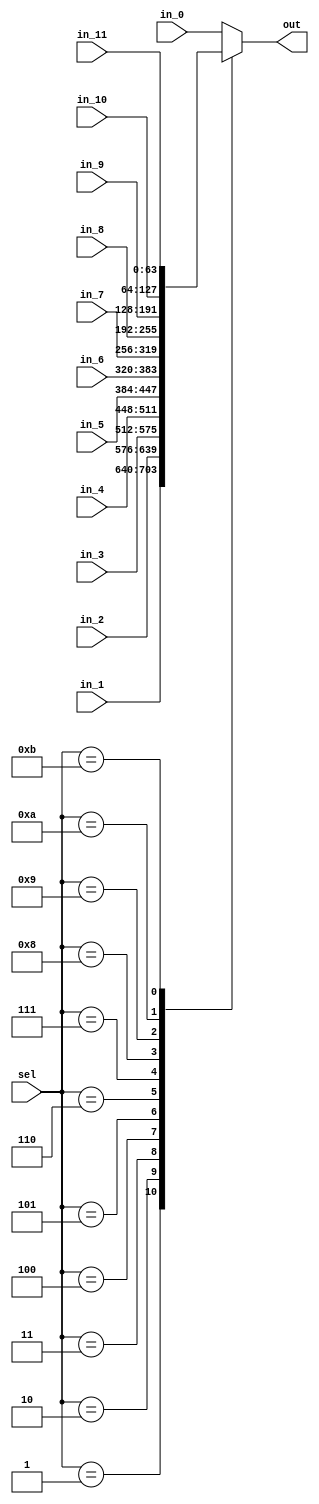
module Mux12to1(out, in_0, in_1, in_2, in_3, in_4, in_5, in_6, in_7,
		in_8, in_9, in_10, in_11, sel);
output reg [63:0] out;
input [63:0] in_0, in_1, in_2, in_3, in_4, in_5, in_6, in_7, in_8, in_9, in_10, in_11;
input [3:0] sel;

always @(*) begin
	case(sel)
	5'd0: out = in_0;
	5'd1: out = in_1;
	5'd2: out = in_2;
	5'd3: out = in_3;
	5'd4: out = in_4;
	5'd5: out = in_5;
	5'd6: out = in_6;
	5'd7: out = in_7;
	5'd8: out = in_8;
	5'd9: out = in_9;
	5'd10: out = in_10;
	5'd11: out = in_11;
	default: out = in_0;
	endcase
end
endmodule